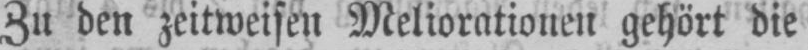
Zu den zeitweisen Meliorationen gehört die